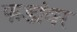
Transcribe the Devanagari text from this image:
फडांवर